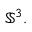
\mathbb { S } ^ { 3 } .